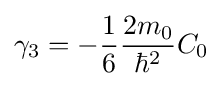
\gamma _{3}=-{\frac {1}{6}}{\frac {2m_{0}}{\hbar ^{2}}}C_{0}